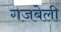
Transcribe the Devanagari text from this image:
गजबेली